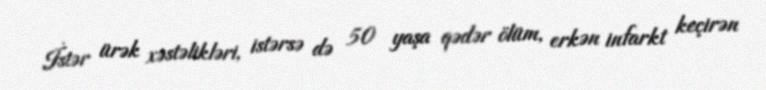
İstər ürək xəstəlikləri, istərsə də 50 yaşa qədər ölüm, erkən infarkt keçirən